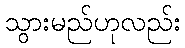
သွားမည်ဟုလည်း